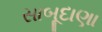
સાબૂદાણા